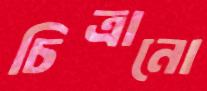
চিত্রানো